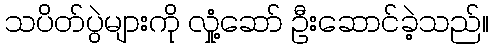
သပိတ်ပွဲများကို လှုံ့ဆော် ဦးဆောင်ခဲ့သည်။